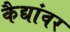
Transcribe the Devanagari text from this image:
कैद्यांवर